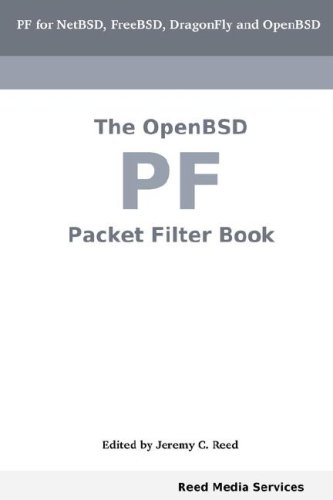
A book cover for The Openbsd Pf Packet Filter Book; Computers & Technology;